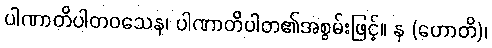
ပါဏာတိပါတဝသေန၊ ပါဏာတိပါတ၏အစွမ်းဖြင့်။ န (ဟောတိ)၊